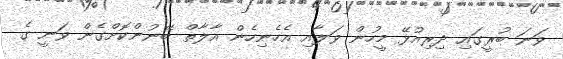
ވަނަ ބުރީގައި ދިރިއުޅޭ މީހުން ވަލާއި އެހެނިހެން އާލާތް ބޭނުންކޮށްގެން ވަނީ ގެ